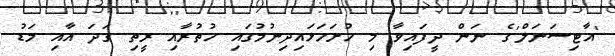
'އާޓިސަނަލް'ގެ ނަން ދީފައިވާ މި ހުށަހަޅައިދިނުމުގައި ހުތުރާއި ރީތި ގަދަ އާއި މަޑު